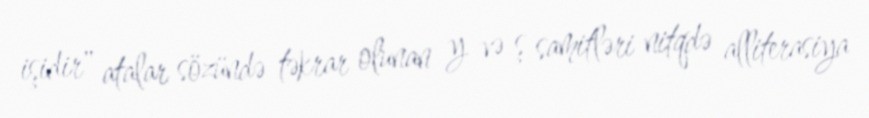
işidir" atalar sözündə təkrar olunan y və ş samitləri nitqdə alliterasiya